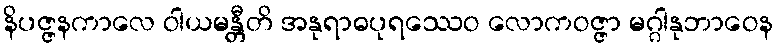
နိပဇ္ဇနကာလေ ဝါယမန္တီတိ အနုရာဓပုရဿေဝ လောကဝဇ္ဇာ မဂ္ဂါနုဘာဝေန